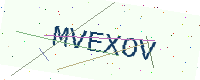
Text: MVEXOV